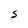
Character: S